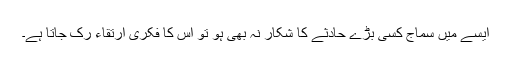
ایسے میں سماج کسی بڑے حادثے کا شکار نہ بھی ہو تو اس کا فکری ارتقاء رک جاتا ہے۔